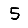
Digit: 5